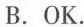
B.OK.